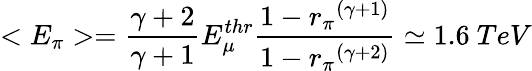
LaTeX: <E_{\pi}>=\frac{\gamma+2}{\gamma+1}E_{\mu}^{thr}\frac{1-{r_{\pi}}^{(\gamma+1)}}{1-{r_{\pi}}^{(\gamma+2)}}\simeq 1.6~TeV